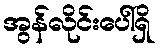
အွန်လိုင်းပေါ်ရှိ